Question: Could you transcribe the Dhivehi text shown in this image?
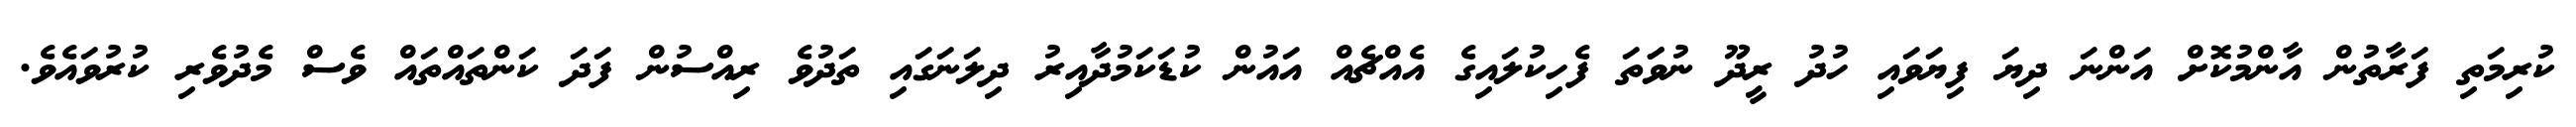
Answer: ކުރިމަތި ފަރާތުން އާންމުކޮށް އަންނަ ދިޔަ ފިޔަވައި ހުދު ރީދޫ ނުވަަތަ ފެހިކުލައިގެ އެއްޗެއް އައުން ކުޑަކަމުދާއިރު ދިލަނަގައި ތަދުވެ ރިއްސުން ފަދަ ކަންތައްތައް ވެސް މެދުވެރި ކުރުވައެވެ.